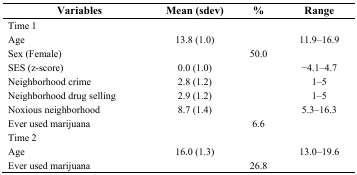
<table><thead><tr><td><b>Variables</b></td><td><b>Mean (sdev)</b></td><td><b>%</b></td><td><b>Range</b></td></tr></thead><tbody><tr><td>Time 1</td><td></td><td></td><td></td></tr><tr><td>Age </td><td>13.8 (1.0)</td><td></td><td>11.9–16.9</td></tr><tr><td>Sex (Female)</td><td></td><td>50.0</td><td></td></tr><tr><td>SES (z-score)</td><td>0.0 (1.0)</td><td></td><td>−4.1–4.7</td></tr><tr><td>Neighborhood crime</td><td>2.8 (1.2)</td><td></td><td>1–5</td></tr><tr><td>Neighborhood drug selling</td><td>2.9 (1.2)</td><td></td><td>1–5</td></tr><tr><td>Noxious neighborhood</td><td>8.7 (1.4)</td><td></td><td>5.3–16.3</td></tr><tr><td>Ever used marijuana </td><td></td><td>6.6</td><td></td></tr><tr><td>Time 2</td><td></td><td></td><td></td></tr><tr><td>Age</td><td>16.0 (1.3)</td><td></td><td>13.0–19.6 </td></tr><tr><td>Ever used marijuana </td><td></td><td>26.8</td><td></td></tr></tbody></table>